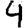
Digit: 4